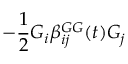
- \frac { 1 } { 2 } G _ { i } \beta _ { i j } ^ { G G } ( t ) G _ { j }